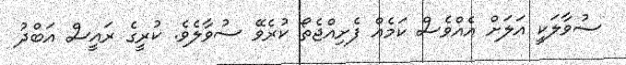
ސުވާލަކީ އަލަށް އެެއްވެސް ކަމެއް ފެށިއްޖެތޯ ކުރެވޭ ސުވާލެވެ. ކުރީގެ ރައީސް އަބްދު